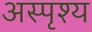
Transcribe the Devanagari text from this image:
अस्पृश्‍य